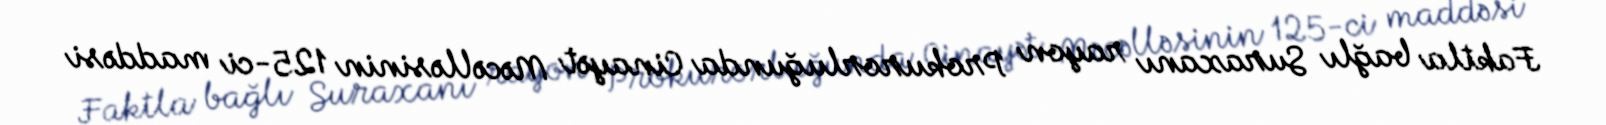
Faktla bağlı Suraxanı rayon Prokurorluğunda Cinayət Məcəlləsinin 125-ci maddəsi